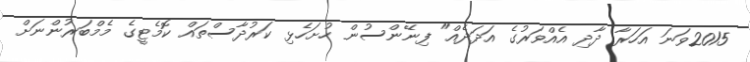
2015ވަނަ އަހަރާ ދާދި އެއްވަރުގެ އަދަދެއް" ފިނޭންސުން ހުށަހެޅި ކަރުދާސްތައް ކޮމެޓީގެ މެމްބަރުންނަށް